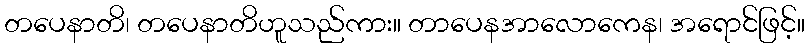
တပေနာတိ၊ တပေနာတိဟူသည်ကား။ တာပေနအာလောကေန၊ အရောင်ဖြင့်။